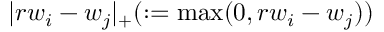
| r w _ { i } - w _ { j } | _ { + } ( : = \operatorname* { m a x } ( 0 , r w _ { i } - w _ { j } ) )